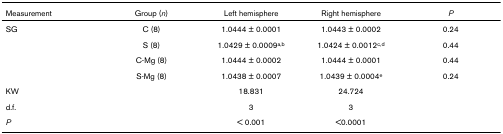
| Measurement | Group (n) | Left hemisphere | Right hemisphere | P |
 | --- | --- | --- | --- | --- |
 | SG | C (8) | 1.0444 ± 0.0001 | 1.0443 ± 0.0002 | 0.24 |
 |  | S (8) | 1.0429 ± 0.0009a,b | 1.0424 ± 0.0012c,d | 0.44 |
 |  | C-Mg (8) | 1.0444 ± 0.0002 | 1.0444 ± 0.0001 | 0.44 |
 |  | S-Mg (8) | 1.0438 ± 0.0007 | 1.0439 ± 0.0004e | 0.24 |
 | KW |  | 18.831 | 24.724 |  |
 | d.f. |  | 3 | 3 |  |
 | P |  | < 0.001 | <0.0001 |  |